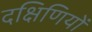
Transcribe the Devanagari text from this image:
दक्षिणियों